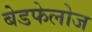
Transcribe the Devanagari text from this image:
बेडफेलोज